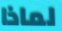
لماذا